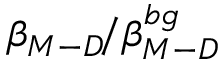
\beta _ { M - D } \! / \beta _ { M - D } ^ { b g }